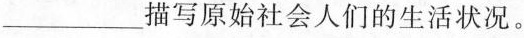
___描写原始社会人们的生活状况。